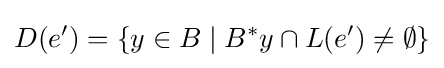
D(e')=\{y\in B\mid B^{*}y\cap L(e')\neq \emptyset \}